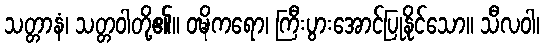
သတ္တာနံ၊ သတ္တဝါတို့၏။ ဝဍ္ဎိကရော၊ ကြီးပွားအောင်ပြုနိုင်သော။ သီလဝါ၊